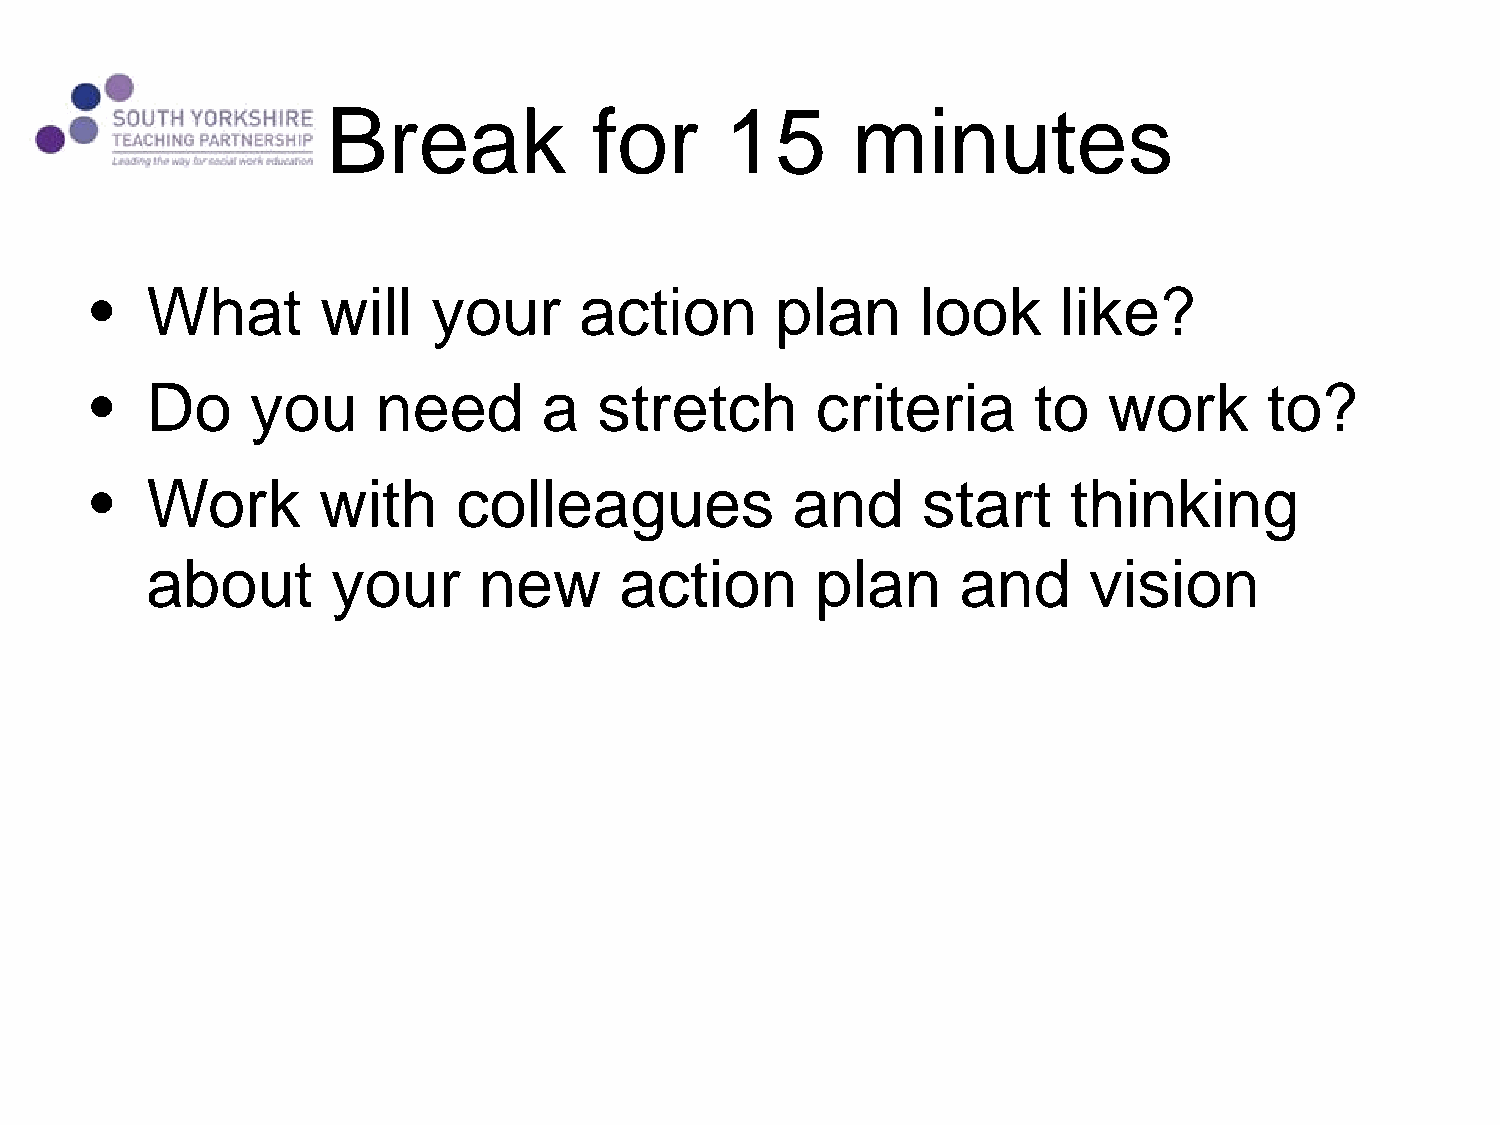
Break            for      15      minutes
 •   What       will    your     action       plan      look     like?
 •   Do     you     need       a   stretch       criteria      to   work       to?
 •   Work       with     colleagues            and      start     thinking
 about       your      new      action       plan      and     vision